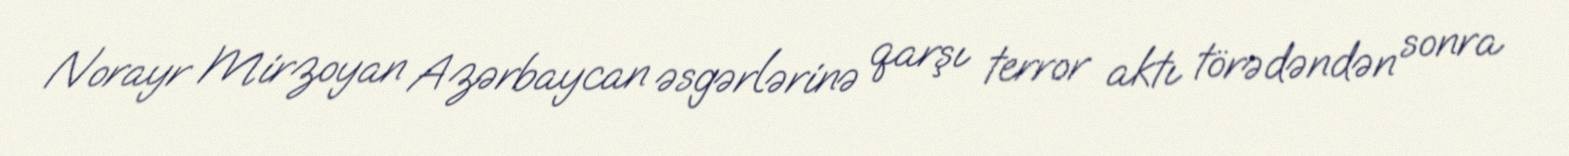
Norayr Mirzoyan Azərbaycan əsgərlərinə qarşı terror aktı törədəndən sonra